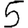
Digit: 5